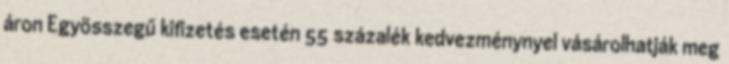
áron Egyösszegű kifizetés esetén 55 százalék kedvezménynyel vásárolhatják meg